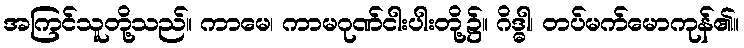
အကြင်သူတို့သည်။ ကာမေ၊ ကာမဂုဏ်ငါးပါးတို့၌။ ဂိဒ္ဓါ၊ တပ်မက်မောကုန်၏။